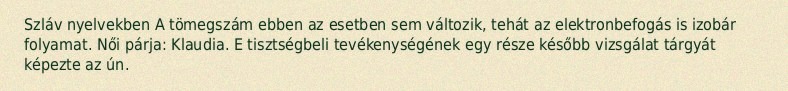
Szláv nyelvekben A tömegszám ebben az esetben sem változik, tehát az elektronbefogás is izobár folyamat. Női párja: Klaudia. E tisztségbeli tevékenységének egy része később vizsgálat tárgyát képezte az ún.